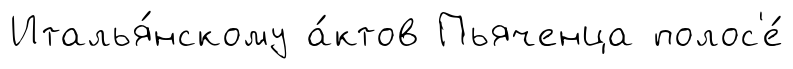
Италья́нскому а́ктов Пьяченца полос'е́